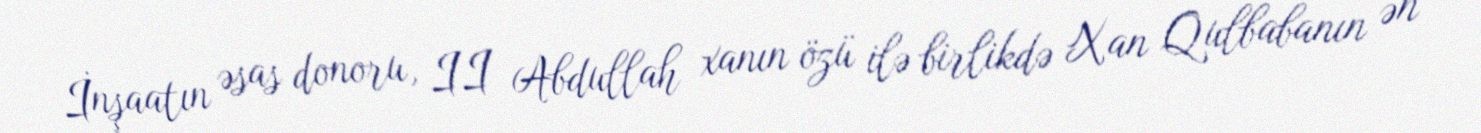
İnşaatın əsas donoru, II Abdullah xanın özü ilə birlikdə Xan Qulbabanın ən